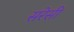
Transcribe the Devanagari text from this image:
सरेसी